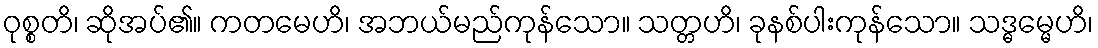
ဝုစ္စတိ၊ ဆိုအပ်၏။ ကတမေဟိ၊ အဘယ်မည်ကုန်သော။ သတ္တဟိ၊ ခုနစ်ပါးကုန်သော။ သဒ္ဓမ္မေဟိ၊